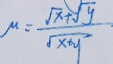
\mu = \frac { \sqrt { x } + \sqrt { y } } { \sqrt { x + y } }